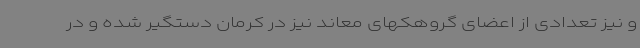
و نیز تعدادی از اعضای گروهکهای معاند نیز در کرمان دستگیر شده و در